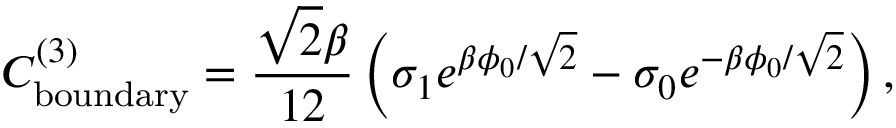
C _ { \mathrm { b o u n d a r y } } ^ { ( 3 ) } = \frac { \sqrt { 2 } \beta } { 1 2 } \left( \sigma _ { 1 } e ^ { \beta \phi _ { 0 } / \sqrt { 2 } } - \sigma _ { 0 } e ^ { - \beta \phi _ { 0 } / \sqrt { 2 } } \right) ,